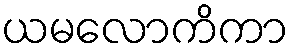
ယမလောကိကာ